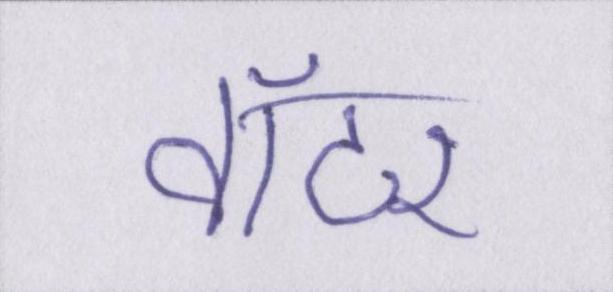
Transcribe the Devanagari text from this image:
वॉटर